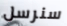
سنرسل